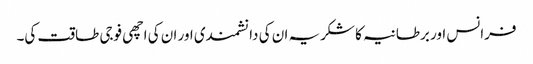
فرانس اور برطانیہ کا شکریہ ان کی دانشمندی اور ان کی اچھی فوجی طاقت کی۔